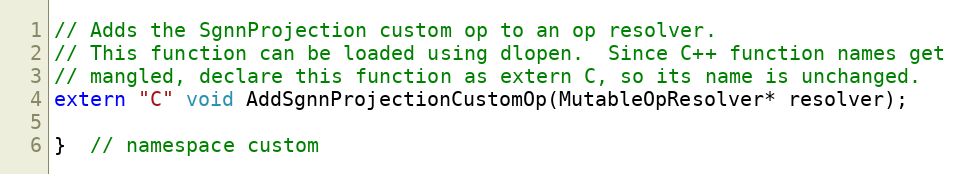
Language: C
// Adds the SgnnProjection custom op to an op resolver.
// This function can be loaded using dlopen.  Since C++ function names get
// mangled, declare this function as extern C, so its name is unchanged.
extern "C" void AddSgnnProjectionCustomOp(MutableOpResolver* resolver);

}  // namespace custom